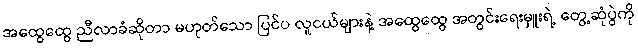
အထွေထွေ ညီလာခံဆိုတာ မဟုတ်သော ပြင်ပ လူငယ်များနဲ့ အထွေထွေ အတွင်းရေးမှူးရဲ့ တွေ့ဆုံပွဲကို